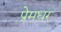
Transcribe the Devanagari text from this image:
प्रेमधर